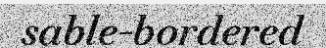
sable-bordered